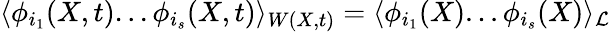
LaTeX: \langle\phi_{i_{1}}(X,t)...\phi_{i_{s}}(X,t)\rangle_{W(X,t)}=\langle\phi_{i_{1}}(X)...\phi_{i_{s}}(X)\rangle_{\cal L}